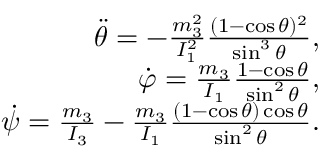
\begin{array} { r } { \ddot { \theta } = - \frac { m _ { 3 } ^ { 2 } } { I _ { 1 } ^ { 2 } } \frac { ( 1 - \cos \theta ) ^ { 2 } } { \sin ^ { 3 } \theta } , } \\ { \dot { \varphi } = \frac { m _ { 3 } } { I _ { 1 } } \frac { 1 - \cos \theta } { \sin ^ { 2 } \theta } , } \\ { \dot { \psi } = \frac { m _ { 3 } } { I _ { 3 } } - \frac { m _ { 3 } } { I _ { 1 } } \frac { ( 1 - \cos \theta ) \cos \theta } { \sin ^ { 2 } \theta } . } \end{array}